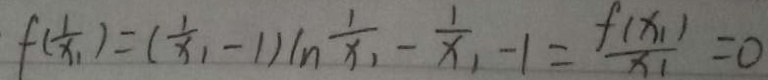
f ( \frac { 1 } { x _ { 1 } } ) = ( \frac { 1 } { x _ { 1 } } - 1 ) I n ^ { \frac { 1 } { x _ { 1 } } } - \frac { 1 } { x _ { 1 } } - 1 = \frac { f ( x _ { 1 } ) } { x _ { 1 } } = 0